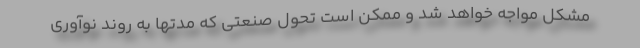
مشکل مواجه خواهد شد و ممکن است تحول صنعتی که مدتها به روند نوآوری